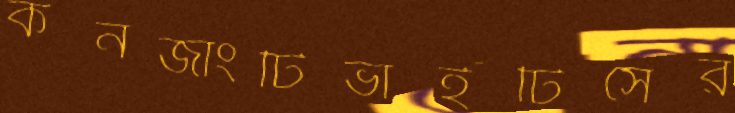
কনজাংটিভাইটিসের